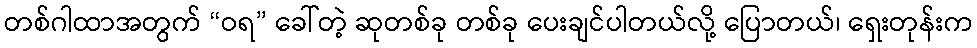
တစ်ဂါထာအတွက် “ဝရ” ခေါ်တဲ့ ဆုတစ်ခု တစ်ခု ပေးချင်ပါတယ်လို့ ပြောတယ်၊ ရှေးတုန်းက